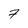
Character: 7